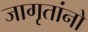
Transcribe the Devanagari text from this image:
जागृतांनो